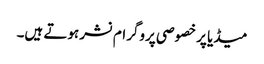
میڈیا پر خصوصی پروگرام نشر ہوتے ہیں۔